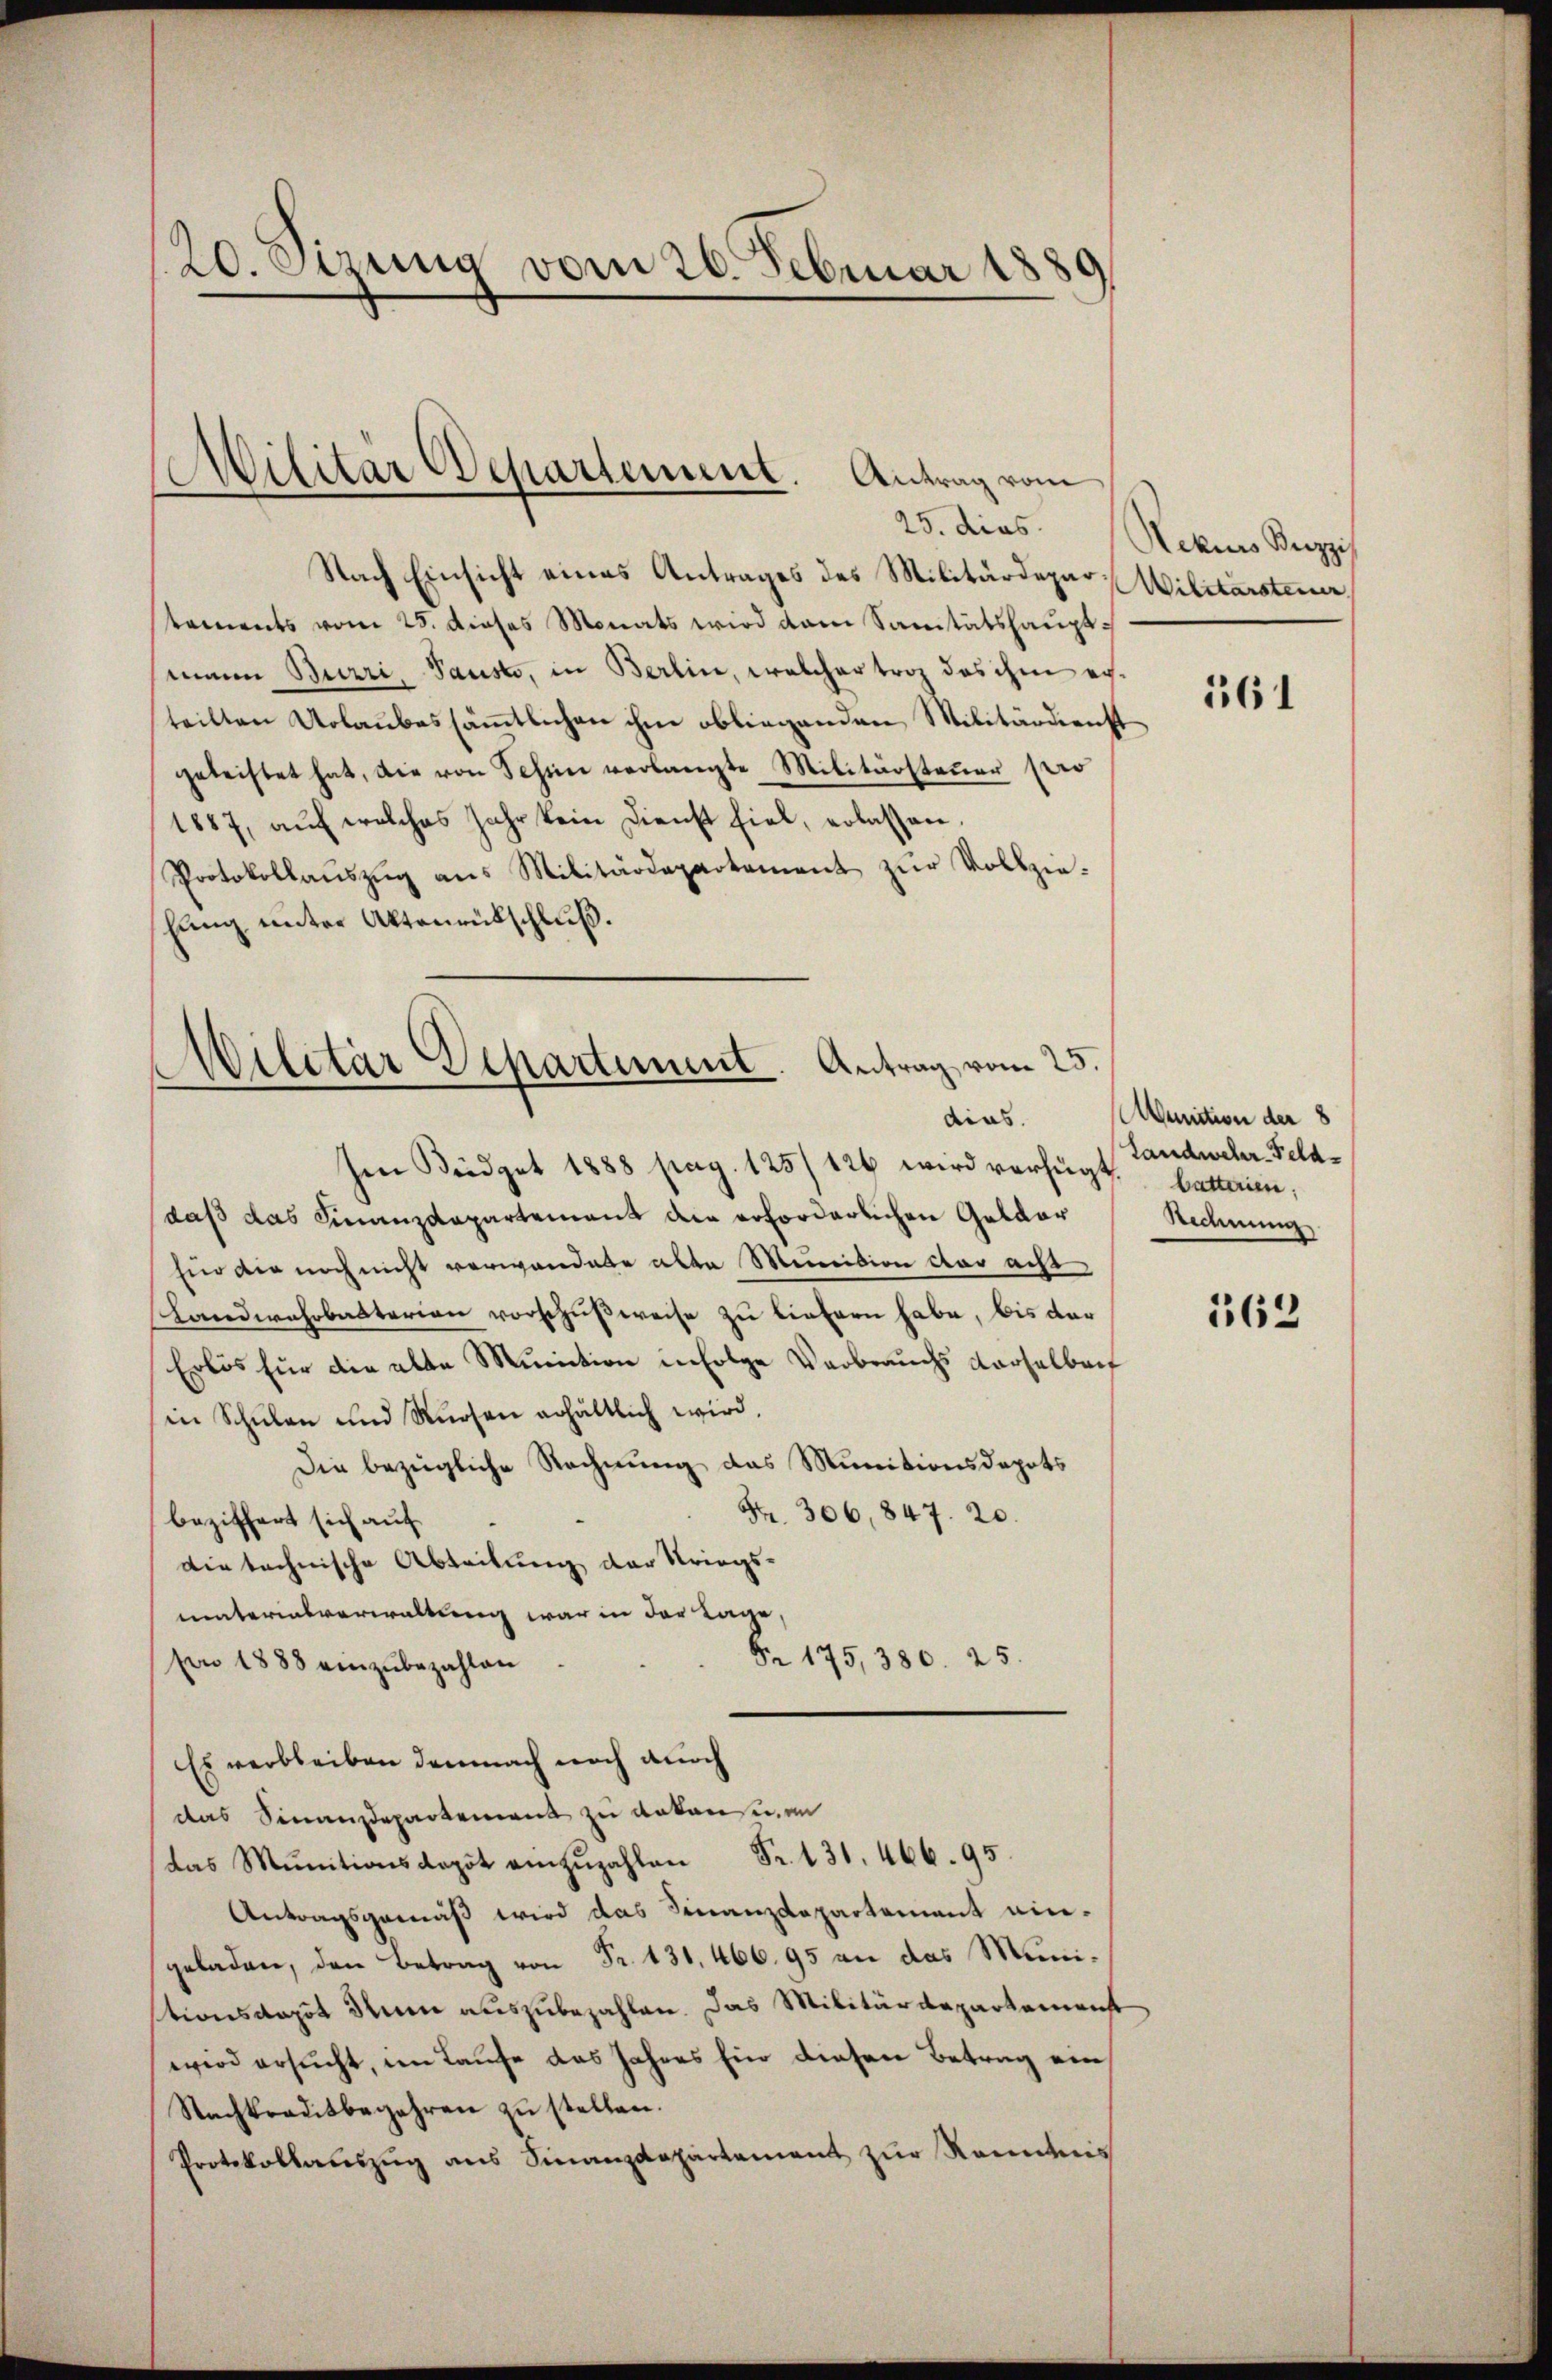
20. Sizung vom 20. Februar 1889

Nach Einsicht eines Antrages des Militärdepar-Wilitarsterner
tements vom 25. dieses Monats wird dem Sanitätshauptmann Burri, Pausto, in Berlin, welcher trag das ihm erteilten Urlaubes sämmtlichen ihm obliegenden Militärdienst
geleistet hat, die von Schien verlangte Militärsteuer sero
1887, aŭf welches Jahr kein Dienst fiel, erlassen.
Protokollaŭszŭg ans Militärdepartement zŭr Vollzie-
hung unter Aktenrütschluß.

Militär Departement. Antrag vom

Wilitär Departement. Antrag vom 25.
dias.

Im Büdget 1888 pag. 125/ 126 wird verfügt
daß das Finanzdepartement die erforderlichen Geldar
fin die noch nicht verwandete aber Menition car acht
Landwehrbatterian vorschußweise zu liefern habe, bis der
Erlös für die alte Munition in Folge Verbrauchs derselberg
in Schŭlen und Rüesen erhältlich wird,
Die bezügliche Rechnung das Munitionsdepots
Fr. 306,847. 20.
beziffert sich auf
Die technische Abteilung der Kriegs-
materialverwaltung war in der Lage,
Nr 175, 380. 25.
son 1888 einzubezahlen
Es verbleiben demnach noch auch
das Finanzdepartement zu Ankaufenen
das Munitionsdepot anzŭzahlen Fr. 131. 466. 95.
Antragsgemäß wird das Finanzdepartement eingeladen, den Betrag von Fr. 131. 466. 95 an das Munitionsdapot dem auszubezahlen. Das Militärdepartemenst
wird ersucht, im Laufe das Jahres Ein diesen Betrag ein
Nachtraditbegehren zŭ stellen.
Protokollauszug aus Finanzdepartement zur Kenntnis

25. dies Rekurs Bezi

161

Aunition der 8
Landweler-Feldbatterien.
Rechnung

162